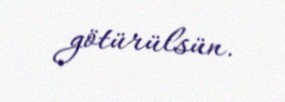
götürülsün.